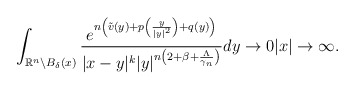
\begin{align*}\int_{\mathbb{R}^n\backslash B_{\delta}(x)}\frac{e^{n\left(\tilde{v}(y)+p\left(\frac{y}{|y|^2}\right)+q(y)\right)}}{|x-y|^k|y|^{n\left(2+\beta+\frac{\Lambda}{\gamma_{n}}\right)}}dy\rightarrow 0|x|\rightarrow\infty.\end{align*}